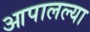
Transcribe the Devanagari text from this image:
आपालल्या